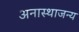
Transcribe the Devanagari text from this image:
अनास्थाजन्य